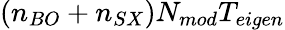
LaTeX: (n_{BO}+n_{SX})N_{mod}T_{eigen}